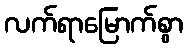
လက်ရာမြောက်စွာ